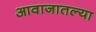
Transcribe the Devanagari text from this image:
आवाजातल्या